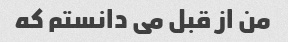
من از قبل می دانستم که